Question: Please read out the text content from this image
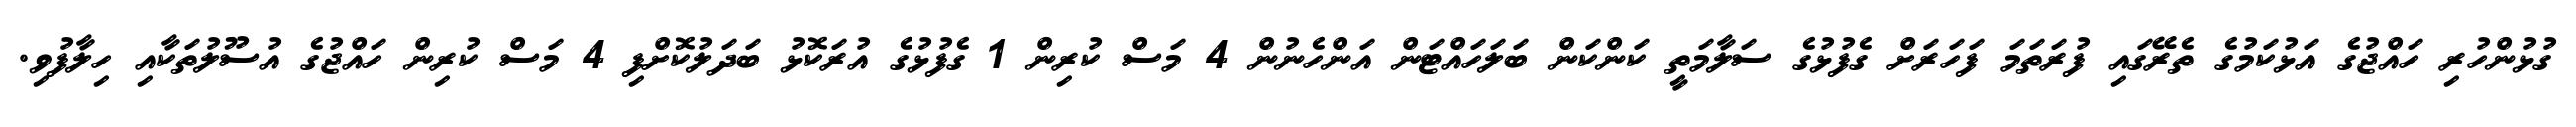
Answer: ގުޅުންހުރި ހައްޖުގެ އަޅުކަމުގެ ތެރޭގައި ފުރަތަމަ ފަހަރަށް ގެފުޅުގެ ސަލާމަތީ ކަންކަން ބަލަހައްޓަން އަންހެނުން 4 މަސް ކުރިން 1 ގެފުޅުގެ އުރަކޮޅު ބަދަލުކޮށްފި 4 މަސް ކުރިން ހައްޖުގެ އުސޫލުތަކާއި ހިލާފުވި.